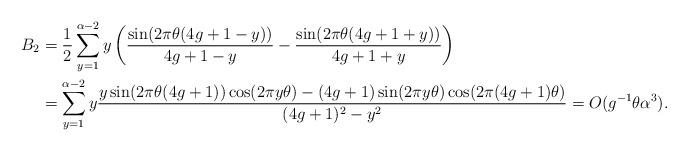
LaTeX: \begin{align*}B_2 &= \frac{1}{2} \sum_{y=1}^{\alpha-2} y \left( \frac{\sin(2 \pi \theta(4g+1-y))}{4g+1-y}- \frac{\sin(2 \pi \theta(4g+1+y))}{4g+1+y} \right) \\&= \sum_{y=1}^{\alpha-2} y \frac{ y \sin(2 \pi \theta(4g+1)) \cos(2 \pi y \theta) - (4g+1) \sin(2 \pi y \theta) \cos(2 \pi (4g+1) \theta)}{(4g+1)^2-y^2} =O (g^{-1} \theta \alpha^3). \end{align*}